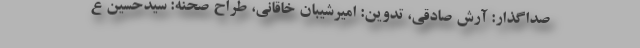
صداگذار: آرش صادقی، تدوین: امیرشیبان خاقانی، طراح صحنه: سیدحسین ع